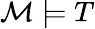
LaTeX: {\mathcal{M}}\models T